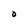
Character: O